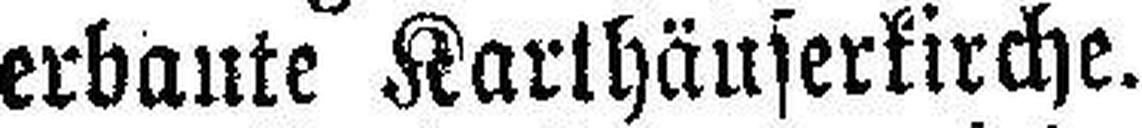
erbaute Karthäuserkirche.